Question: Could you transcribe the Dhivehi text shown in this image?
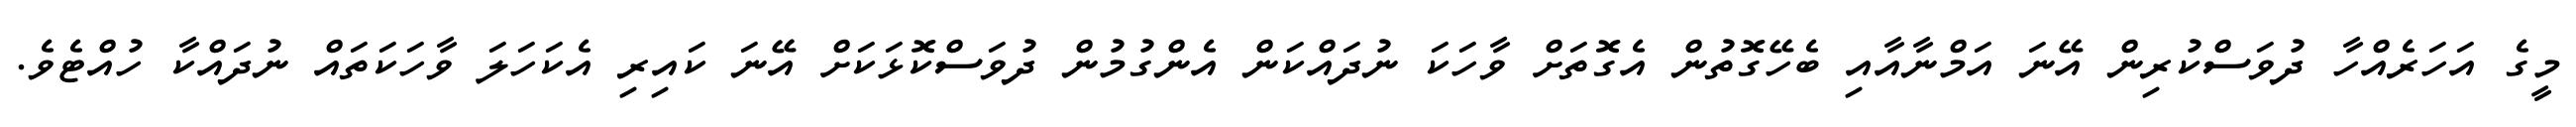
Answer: މީގެ އަހަރެއްހާ ދުވަސްކުރިން އޭނަ އަމްނާއާއި ބެހޭގޮތުން އެގޮތަށް ވާހަކަ ނުދައްކަން އެންގުމުން ދުވަސްކޮޅަކަށް އޭނަ ކައިރި އެކަހަލަ ވާހަކަތައް ނުދައްކާ ހުއްޓެވެ.